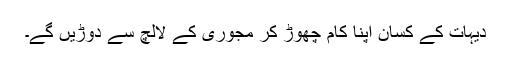
دیہات کے کسان اپنا کام چھوڑ کر مجوری کے لالچ سے دوڑیں گے۔